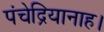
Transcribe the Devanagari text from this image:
पंचेद्रियानाह।